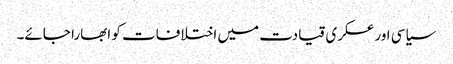
سیاسی اور عسکری قیادت میں اختلافات کو ابھارا جائے۔